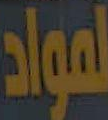
لمواد